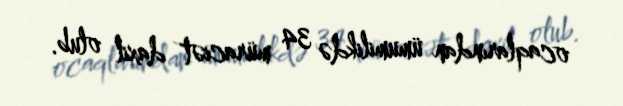
ocaqlarından ümumilikdə 34 müraciət daxil olub.